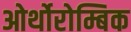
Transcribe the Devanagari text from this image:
ओर्थोरोम्बिक